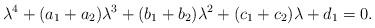
LaTeX: \begin{align*}\lambda^{4}+(a_{1}+a_2)\lambda^{3}+(b_{1}+b_2)\lambda^{2}+(c_{1}+c_2)\lambda+d_{1}=0.\end{align*}